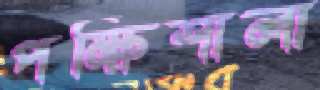
পক্ষিশালা